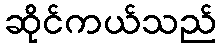
ဆိုင်ကယ်သည်